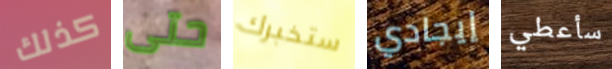
كذلك حتى ستخبرك إيجادي سأعطي